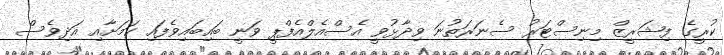
ކުރީގެ ފިޝަރީޒް މިނިސްޓަރު ސެނަރަތުނަ ވިދާޅުވީ އެސްއެލްއެފްޕީ ވަނީ ބައިބައިވެފައި ކަމަށާއި އަދިވެސް